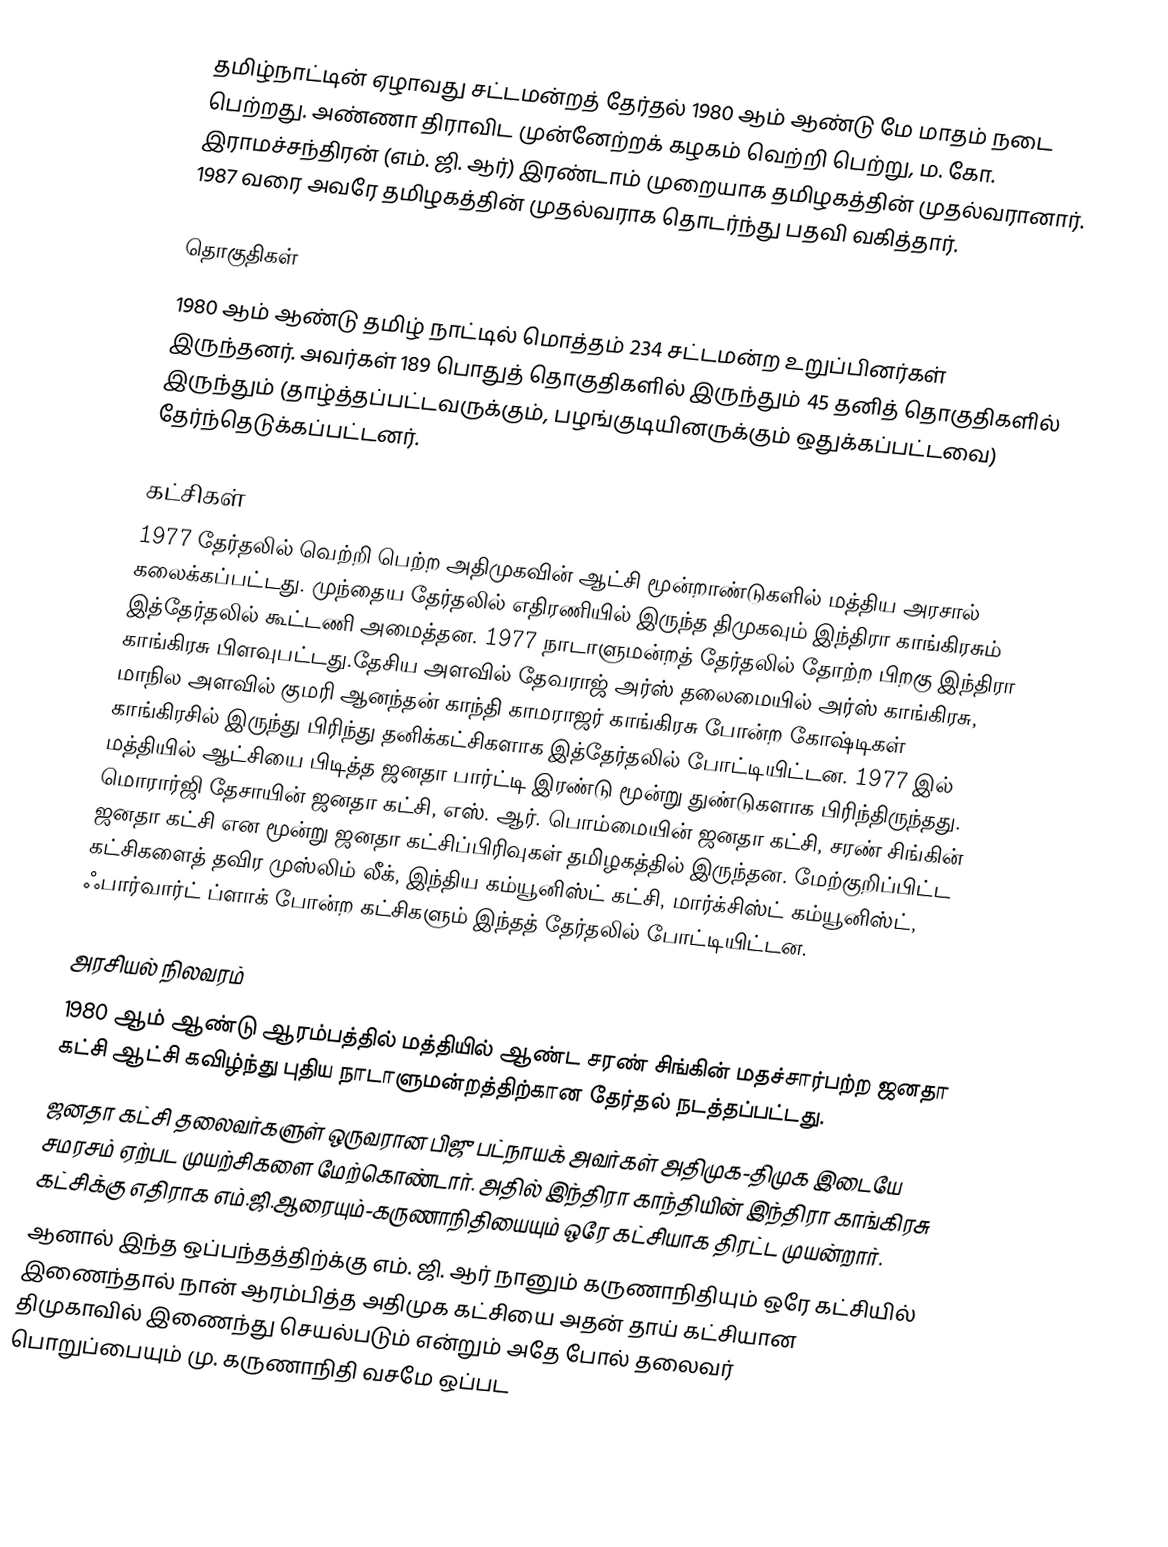
தமிழ்நாட்டின் ஏழாவது சட்டமன்றத் தேர்தல் 1980 ஆம் ஆண்டு மே மாதம் நடை பெற்றது. அண்ணா திராவிட முன்னேற்றக் கழகம் வெற்றி பெற்று, ம. கோ. இராமச்சந்திரன் (எம். ஜி. ஆர்) இரண்டாம் முறையாக தமிழகத்தின் முதல்வரானார். 1987 வரை அவரே தமிழகத்தின் முதல்வராக தொடர்ந்து பதவி வகித்தார்.

தொகுதிகள்
1980 ஆம் ஆண்டு தமிழ் நாட்டில் மொத்தம் 234 சட்டமன்ற உறுப்பினர்கள் இருந்தனர். அவர்கள் 189  பொதுத் தொகுதிகளில் இருந்தும் 45 தனித் தொகுதிகளில் இருந்தும் (தாழ்த்தப்பட்டவருக்கும், பழங்குடியினருக்கும் ஒதுக்கப்பட்டவை) தேர்ந்தெடுக்கப்பட்டனர்.

கட்சிகள்
1977 தேர்தலில் வெற்றி பெற்ற அதிமுகவின் ஆட்சி மூன்றாண்டுகளில் மத்திய அரசால் கலைக்கப்பட்டது. முந்தைய தேர்தலில் எதிரணியில் இருந்த திமுகவும் இந்திரா காங்கிரசும் இத்தேர்தலில் கூட்டணி அமைத்தன. 1977 நாடாளுமன்றத் தேர்தலில் தோற்ற பிறகு இந்திரா காங்கிரசு பிளவுபட்டது.தேசிய அளவில் தேவராஜ் அர்ஸ் தலைமையில்    அர்ஸ் காங்கிரசு, மாநில அளவில் குமரி ஆனந்தன் காந்தி காமராஜர் காங்கிரசு போன்ற கோஷ்டிகள் காங்கிரசில் இருந்து பிரிந்து தனிக்கட்சிகளாக இத்தேர்தலில் போட்டியிட்டன. 1977 இல் மத்தியில் ஆட்சியை பிடித்த ஜனதா பார்ட்டி இரண்டு மூன்று துண்டுகளாக பிரிந்திருந்தது. மொரார்ஜி தேசாயின் ஜனதா கட்சி, எஸ். ஆர். பொம்மையின் ஜனதா கட்சி, சரண் சிங்கின் ஜனதா கட்சி என மூன்று ஜனதா கட்சிப்பிரிவுகள் தமிழகத்தில் இருந்தன. மேற்குறிப்பிட்ட கட்சிகளைத் தவிர முஸ்லிம் லீக், இந்திய கம்யூனிஸ்ட் கட்சி, மார்க்சிஸ்ட் கம்யூனிஸ்ட், ஃபார்வார்ட் ப்ளாக் போன்ற கட்சிகளும் இந்தத் தேர்தலில் போட்டியிட்டன.

அரசியல் நிலவரம்
 1980 ஆம் ஆண்டு ஆரம்பத்தில் மத்தியில் ஆண்ட சரண் சிங்கின் மதச்சார்பற்ற ஜனதா கட்சி ஆட்சி கவிழ்ந்து புதிய நாடாளுமன்றத்திற்கான தேர்தல் நடத்தப்பட்டது.
 ஜனதா கட்சி தலைவர்களுள் ஒருவரான பிஜு பட்நாயக் அவர்கள் அதிமுக-திமுக இடையே சமரசம் ஏற்பட முயற்சிகளை மேற்கொண்டார். அதில்  இந்திரா காந்தியின் இந்திரா காங்கிரசு கட்சிக்கு எதிராக எம்.ஜி.ஆரையும்-கருணாநிதியையும் ஒரே கட்சியாக திரட்ட முயன்றார்.
 ஆனால் இந்த ஒப்பந்தத்திற்க்கு எம். ஜி. ஆர் நானும் கருணாநிதியும் ஒரே கட்சியில் இணைந்தால் நான் ஆரம்பித்த அதிமுக கட்சியை அதன் தாய் கட்சியான திமுகாவில் இணைந்து செயல்படும் என்றும் அதே போல் தலைவர் பொறுப்பையும் மு. கருணாநிதி வசமே ஒப்பட